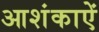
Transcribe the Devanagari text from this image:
आशंकाऐं